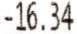
-16.34